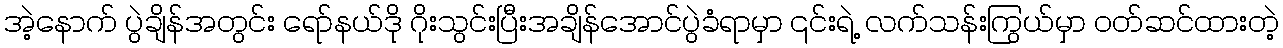
အဲ့နောက် ပွဲချိန်အတွင်း ရော်နယ်ဒို ဂိုးသွင်းပြီးအချိန်အောင်ပွဲခံရာမှာ ၎င်းရဲ့ လက်သန်းကြွယ်မှာ ဝတ်ဆင်ထားတဲ့